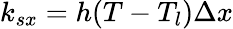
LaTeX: k_{sx}=h(T-T_{l})\Delta x